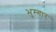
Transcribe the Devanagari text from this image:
भुम्गार